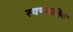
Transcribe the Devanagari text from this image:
स्वर्णकालिक